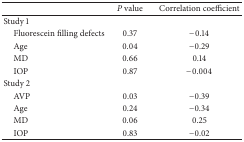
<table><thead><tr><td><b> </b></td><td><b><i>P</i> value</b></td><td><b>Correlation coefficient</b></td></tr></thead><tbody><tr><td>Study 1</td><td> </td><td> </td></tr><tr><td> Fluorescein filling defects</td><td>0.37</td><td>−0.14</td></tr><tr><td> Age</td><td>0.04</td><td>−0.29</td></tr><tr><td> MD</td><td>0.66</td><td>0.14</td></tr><tr><td> IOP</td><td>0.87</td><td>−0.004</td></tr><tr><td>Study 2</td><td> </td><td> </td></tr><tr><td> AVP</td><td>0.03</td><td>−0.39</td></tr><tr><td> Age</td><td>0.24</td><td>−0.34</td></tr><tr><td> MD</td><td>0.06</td><td>0.25</td></tr><tr><td> IOP</td><td>0.83</td><td>−0.02</td></tr></tbody></table>